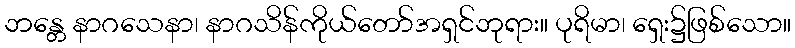
ဘန္တေ နာဂသေနာ၊ နာဂသိန်ကိုယ်တော်အရှင်ဘုရား။ ပုရိမာ၊ ရှေး၌ဖြစ်သော။